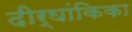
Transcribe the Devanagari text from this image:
दीर्घांकिका